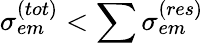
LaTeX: \sigma_{em}^{(tot)}<\sum\sigma_{em}^{(res)}